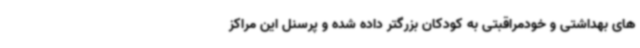
های بهداشتی و خودمراقبتی به کودکان بزرگتر داده شده و پرسنل این مراکز